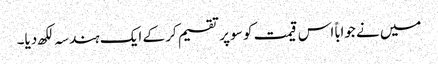
میں نے جواباً اس قیمت کو سو پر تقسیم کر کے ایک ہندسہ لکھ دیا۔